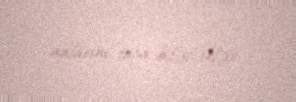
adlarını tapa biləcəklər.